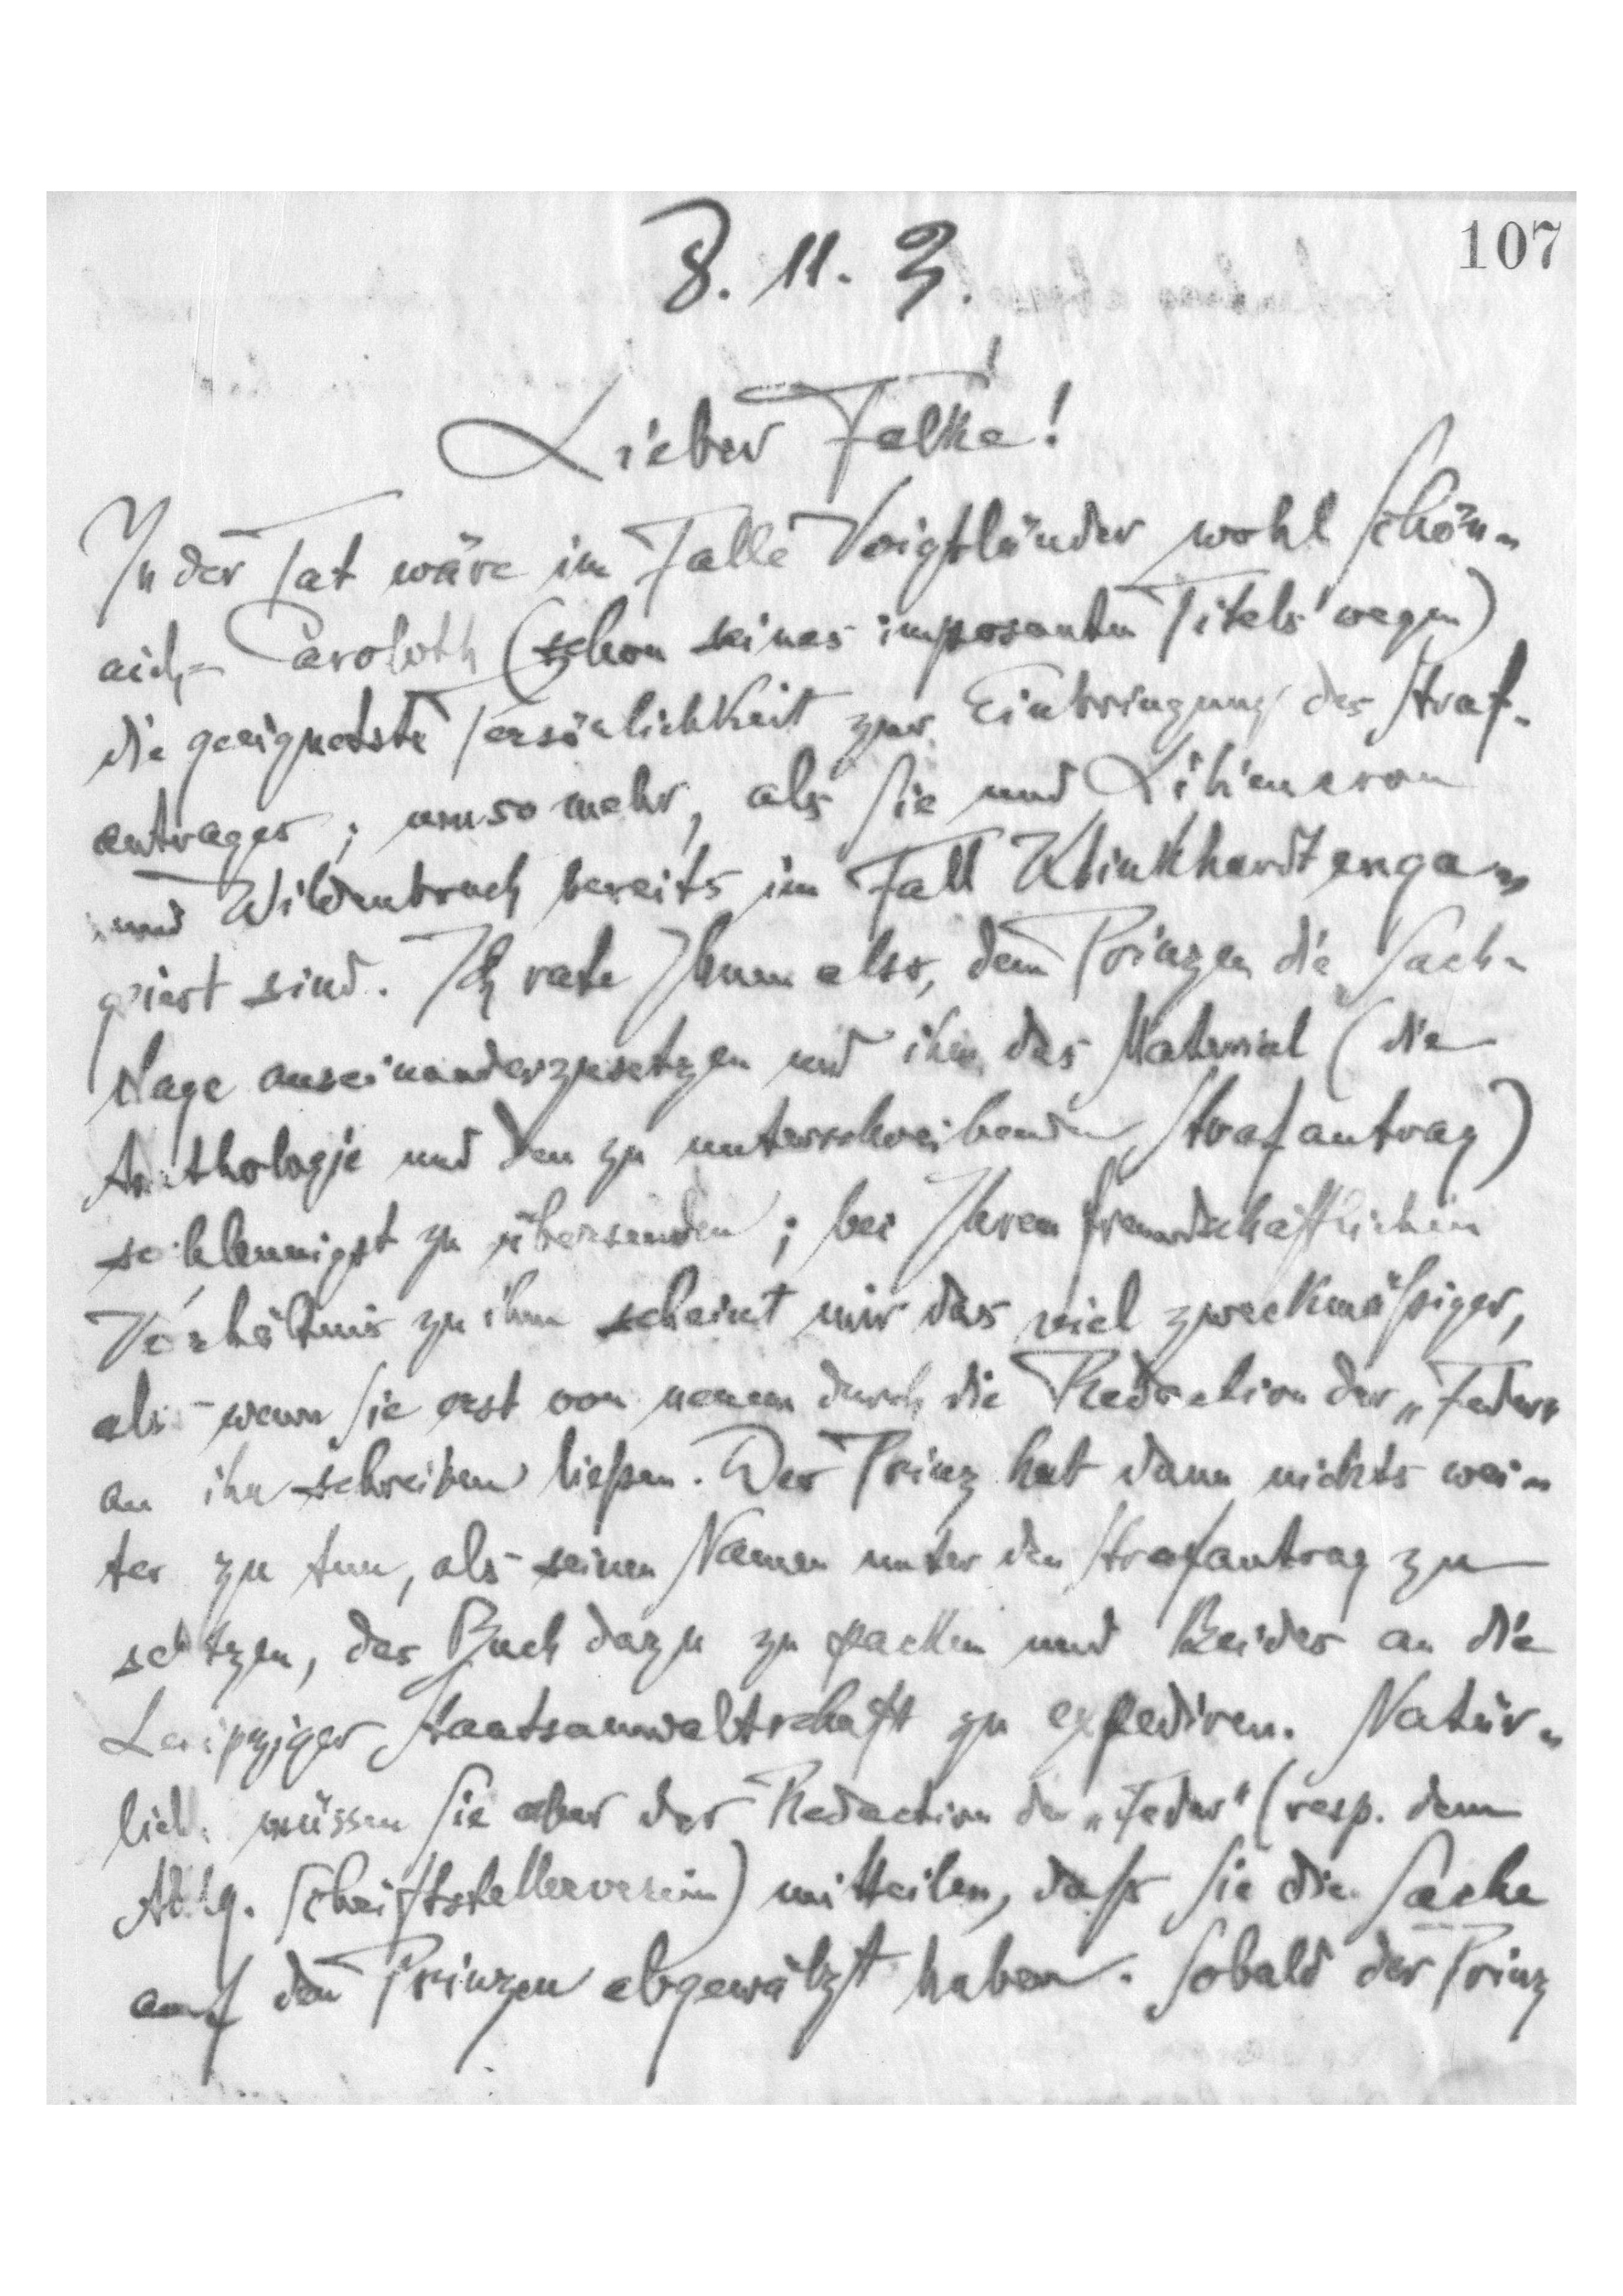
107
8.11.3
Lieber Falke!
In der Tat wäre im Falle Voigtländer wohl Schön-
aich-Carolath (schon seines imposanten Titels wegen)
die geeignetste Persönlichkeit zur Einbringung des Straf-
antrages, umso mehr, als sie und Liliencron
und Wildenbruch bereits im Fall Klinkhardt enga-
giert sind. Ich rate Ihnen also, dem Prinzen die Sach-
lage auseinanderzusetzen und ihm das Material (die
Anthologie und den zu unterschreibenden Strafantrag)
schleunigst zu übersenden; bei Ihrem freundschaftlichen
Verhältnis zu ihm scheint mir das viel zweckmäßiger,
als wenn sie erst von neuem durch die Redaction der "Feder"
an ihn schreiben ließen. Der Prinz hat dann nichts wei-
ter zu tun, als seinen Namen unter den Strafantrag zu
setzen, das Buch dazu zu packen und Beides an die
Leipziger Staatsanwaltschaft zu expedieren. Natür-
lich müssen sie aber der Redaction der "Feder" (resp. dem
Allg. Schriftstellerverein) mitteilen, daß sie die Sache
auf den Prinzen abgewälzt haben. Sobald der Prinz